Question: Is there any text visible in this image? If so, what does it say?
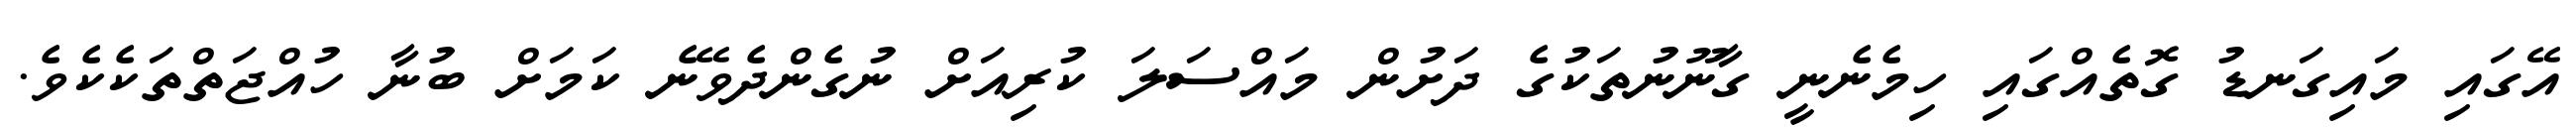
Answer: އޭގައި މައިގަނޑު ގޮތެއްގައި ހިމެނެނީ ގާނޫނުތަކުގެ ދަށުން މައްސަލަ ކުރިއަށް ނުގެންދެވޭނެ ކަމަށް ބުނާ ހުއްޖަތްތަކެކެވެ.